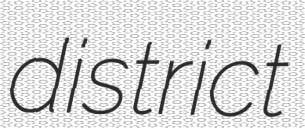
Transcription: district